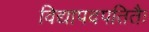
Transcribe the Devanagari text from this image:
विद्यापदपतितैः